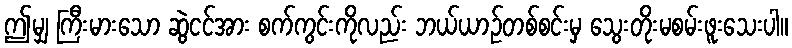
ဤမျှ ကြီးမားသော ဆွဲငင်အား စက်ကွင်းကိုလည်း ဘယ်ယာဉ်တစ်စင်းမှ သွေးတိုးမစမ်းဖူးသေးပါ။